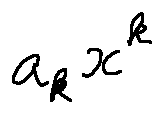
a _ { k } x ^ { k }